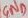
Text: GND